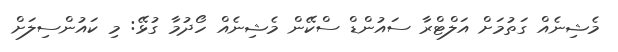
މެޝިނެއް ގަތުމަށް އަލްޓްރާ ސައުންޑް ސްކޭން މެޝިނެއް ހޯދުމާ ގުޅޭ: މި ކައުންސިލަށް